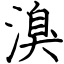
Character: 溴